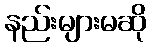
နည်းများမဆို